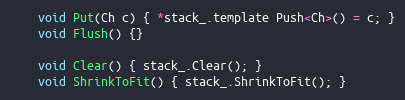
Language: C
    void Put(Ch c) { *stack_.template Push<Ch>() = c; }
    void Flush() {}

    void Clear() { stack_.Clear(); }
    void ShrinkToFit() { stack_.ShrinkToFit(); }